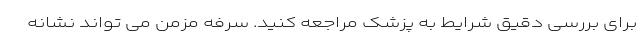
برای بررسی دقیق شرایط به پزشک مراجعه کنید. سرفه مزمن می تواند نشانه